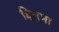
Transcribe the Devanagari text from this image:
हितमा